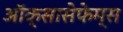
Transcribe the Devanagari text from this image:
ऑक्सासेफेम्स